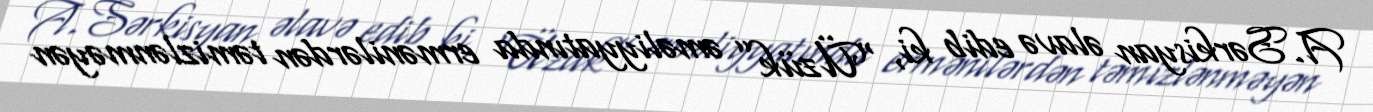
A.Sərkisyan əlavə edib ki, “Üzük” əməliyyatında ermənilərdən təmizlənməyən